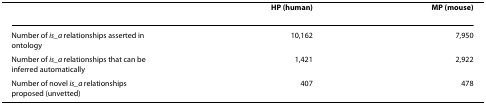
|  | HP (human) | MP (mouse) |
 | --- | --- | --- |
 | Number of is_a relationships asserted in ontology | 10,162 | 7,950 |
 | Number of is_a relationships that can be inferred automatically | 1,421 | 2,922 |
 | Number of novel is_a relationships proposed (unvetted) | 407 | 478 |